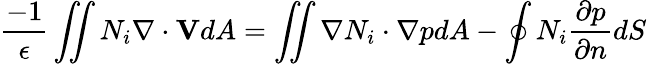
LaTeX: \frac{-1}{\epsilon}\iint N_{i}\nabla\cdot\textbf{V}dA=\iint\nabla N_{i}\cdot\nabla pdA-\oint N_{i}\frac{\partial p}{\partial n}dS